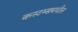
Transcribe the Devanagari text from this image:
कस्टम्समधील